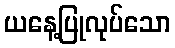
ယနေ့ပြုလုပ်သော